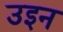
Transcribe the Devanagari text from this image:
उइन